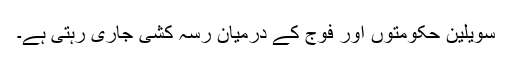
سویلین حکومتوں اور فوج کے درمیان رسہ کشی جاری رہتی ہے۔